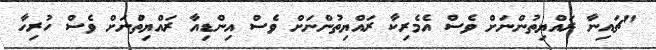
"ޗައިނާ ރައްޔިތުންނަށް ވެސް އެމެރިކާ ރައްޔިތުންނަށް ވެސް އިންޑިއާ ރައްޔިތުްނަށް ވެސް ހުރިހާ